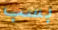
بسب